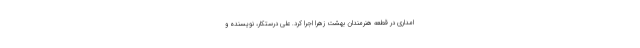
امداری در قطعه هنرمندان بهشت زهرا اجرا کرد. علی درستکار، نویسنده و